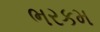
ભરકમ